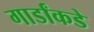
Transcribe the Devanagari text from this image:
गार्डांकडे